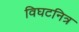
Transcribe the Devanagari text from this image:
विघटनित्र